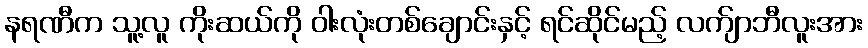
နရဏီက သူ့လူ ကိုးဆယ်ကို ဝါးလုံးတစ်ချောင်းနှင့် ရင်ဆိုင်မည့် လက်ျာဘီလူးအား